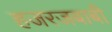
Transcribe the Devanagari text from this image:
हजरजबाबी